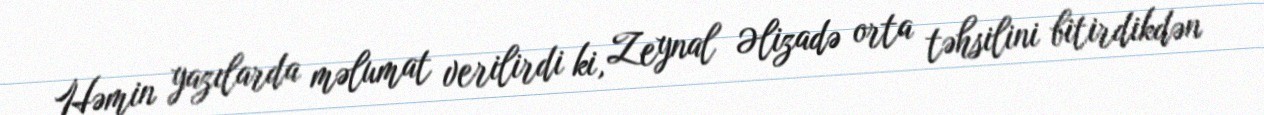
Həmin yazılarda məlumat verilirdi ki, Zeynal Əlizadə orta təhsilini bitirdikdən